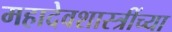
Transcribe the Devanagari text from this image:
महादेवशास्त्रींच्या